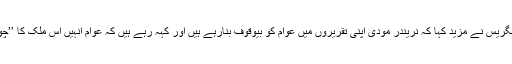
نائب صدر کانگریس نے مزید کہا کہ نریندر مودی اپنی تقریروں میں عوام کو بیوقوف بنارہے ہیں اور کہہ رہے ہیں کہ عوام انہیں اس ملک کا ’’چوکیدار‘‘ بنائیں۔